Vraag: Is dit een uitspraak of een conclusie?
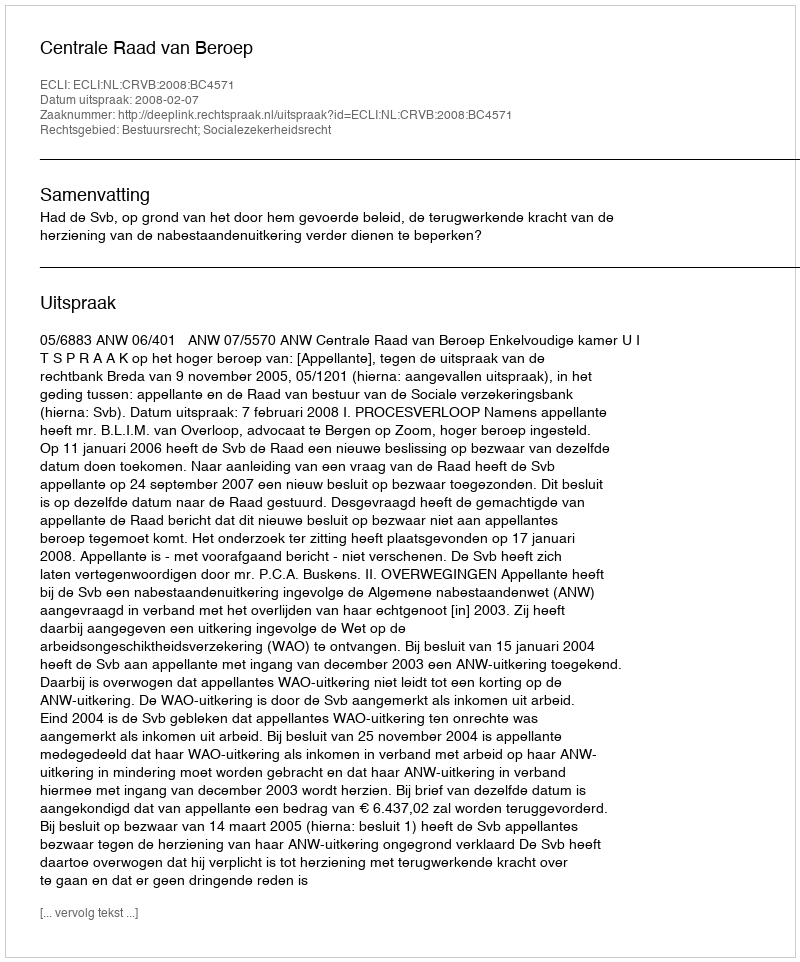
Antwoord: Uitspraak